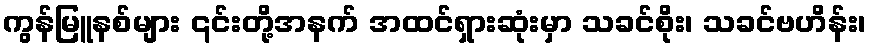
ကွန်မြူနစ်များ ၎င်းတို့အနက် အထင်ရှားဆုံးမှာ သခင်စိုး၊ သခင်ဗဟိန်း၊